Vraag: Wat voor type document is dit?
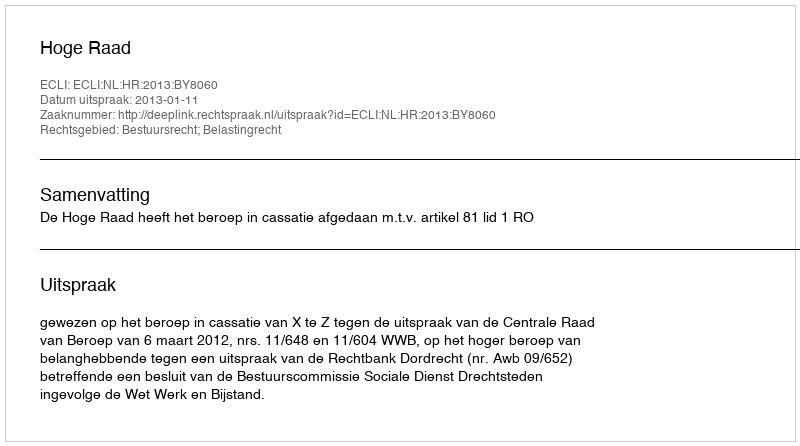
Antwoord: Uitspraak